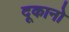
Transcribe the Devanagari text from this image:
दूकानो